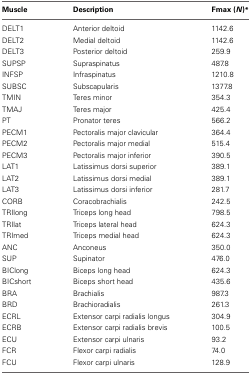
| Muscle | Description | Fmax (N)* |
 | --- | --- | --- |
 | DELT1 | Anterior deltoid | 1142.6 |
 | DELT2 | Medial deltoid | 1142.6 |
 | DELT3 | Posterior deltoid | 259.9 |
 | SUPSP | Supraspinatus | 487.8 |
 | INFSP | Infraspinatus | 1210.8 |
 | SUBSC | Subscapularis | 1377.8 |
 | TMIN | Teres minor | 354.3 |
 | TMAJ | Teres major | 425.4 |
 | PT | Pronator teres | 566.2 |
 | PECM1 | Pectoralis major clavicular | 364.4 |
 | PECM2 | Pectoralis major medial | 515.4 |
 | PECM3 | Pectoralis major inferior | 390.5 |
 | LAT1 | Latissimus dorsi superior | 389.1 |
 | LAT2 | Latissimus dorsi medial | 389.1 |
 | LAT3 | Latissimus dorsi inferior | 281.7 |
 | CORB | Coracobrachialis | 242.5 |
 | TRIlong | Triceps long head | 798.5 |
 | TRIlat | Triceps lateral head | 624.3 |
 | TRImed | Triceps medial head | 624.3 |
 | ANC | Anconeus | 350.0 |
 | SUP | Supinator | 476.0 |
 | BIClong | Biceps long head | 624.3 |
 | BICshort | Biceps short head | 435.6 |
 | BRA | Brachialis | 987.3 |
 | BRD | Brachioradialis | 261.3 |
 | ECRL | Extensor carpi radialis longus | 304.9 |
 | ECRB | Extensor carpi radialis brevis | 100.5 |
 | ECU | Extensor carpi ulnaris | 93.2 |
 | FCR | Flexor carpi radialis | 74.0 |
 | FCU | Flexor carpi ulnaris | 128.9 |